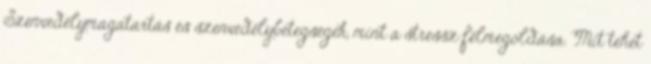
Szenvedélymagatartás és szenvedélybetegségek, mint a stressz félmegoldása. Mit tehet